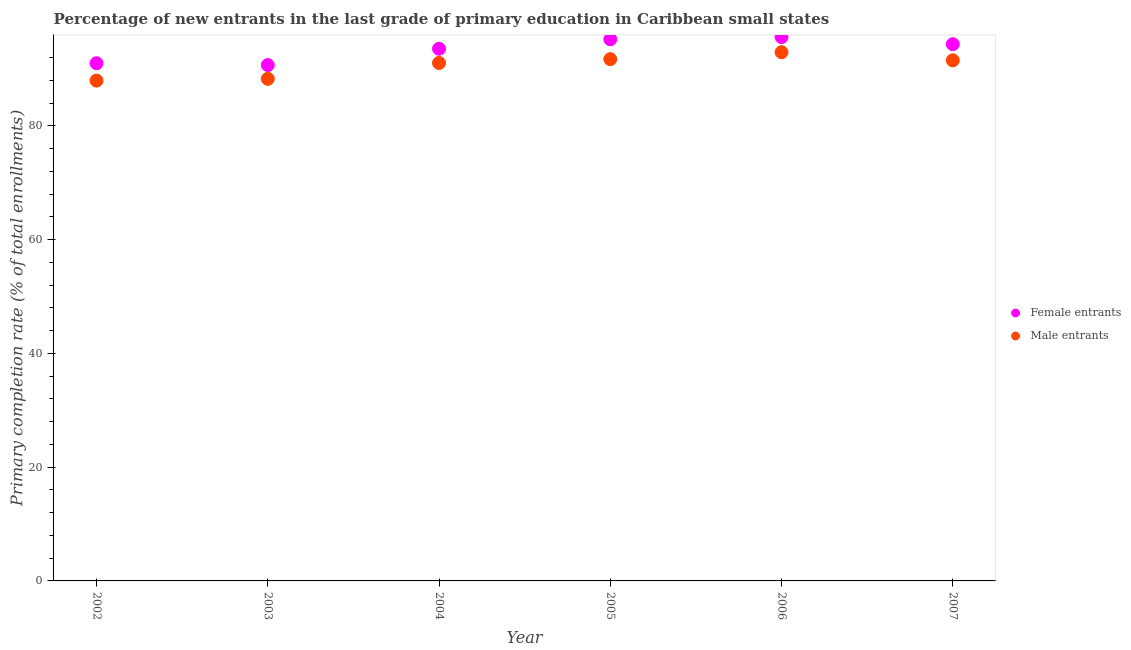
| Year | Female entrants | Male entrants |
 | --- | --- | --- |
 | 2002 | 91 | 87.9 |
 | 2003 | 90.7 | 88.2 |
 | 2004 | 93.5 | 91 |
 | 2005 | 95.2 | 91.7 |
 | 2006 | 95.6 | 92.9 |
 | 2007 | 94.3 | 91.5 |